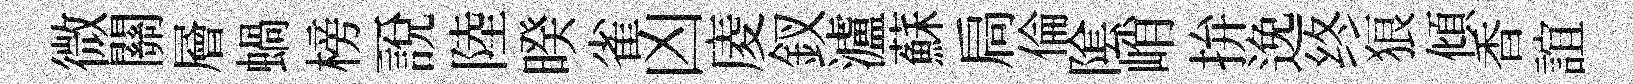
微關層蝸榜一說陸暌雀凶庱釵瀘蘇扃倫隂峭拚𨓜终狼傾香誼